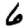
Digit: 6